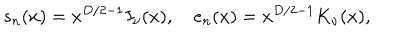
s _ { n } ( x ) = x ^ { D / 2 - 1 } I _ { \nu } ( x ) , \quad e _ { n } ( x ) = x ^ { D / 2 - 1 } K _ { \nu } ( x ) ,